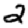
Digit: 2